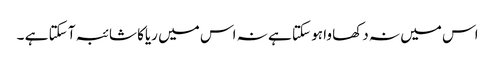
اس میں نہ دکھا وا ہو سکتا ہے نہ اس میں ریاکا شائبہ آ سکتا ہے ۔